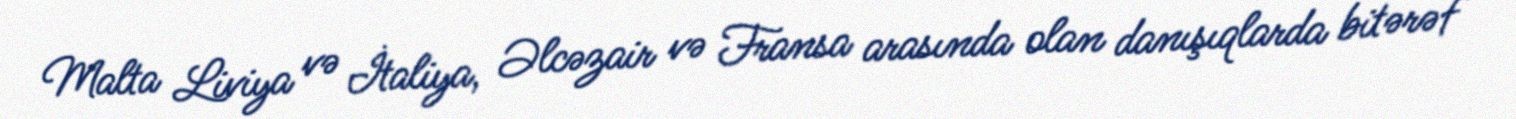
Malta Liviya və İtaliya, Əlcəzair və Fransa arasında olan danışıqlarda bitərəf